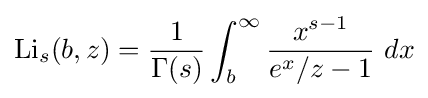
\operatorname {Li} _{s}(b,z)={\frac {1}{\Gamma (s)}}\int _{b}^{\infty }{\frac {x^{s-1}}{e^{x}/z-1}}~dx